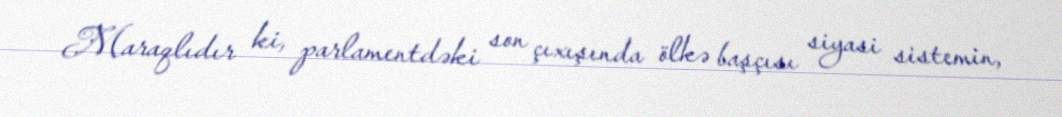
Maraqlıdır ki, parlamentdəki son çıxışında ölkə başçısı siyasi sistemin,